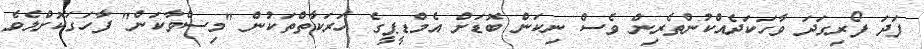
ފަދަ ފޯރިގަދަ ވާހަކަދެއްކުންތެރިން ވެސް ނިކަން ބޮޑަށް އެމްޑީޕީގެ ހަރަކާތްތަކުން "މިސްވާކަން" ފާހަގަކޮށްލެވެ